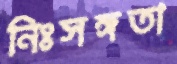
নিঃসঙ্গতা